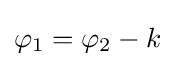
\varphi _{1}=\varphi _{2}-k